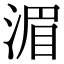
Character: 湄